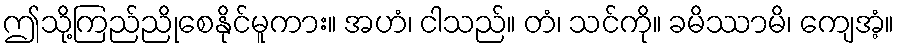
ဤသို့ကြည်ညိုစေနိုင်မူကား။ အဟံ၊ ငါသည်။ တံ၊ သင်ကို။ ခမိဿာမိ၊ ကျေအံ့။